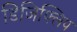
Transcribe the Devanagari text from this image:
डिजिफ्लिप